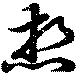
想